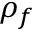
\rho _ { f }